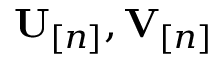
{ \mathbf U } _ { [ n ] } , { \mathbf V } _ { [ n ] }